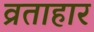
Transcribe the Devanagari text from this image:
व्रताहार